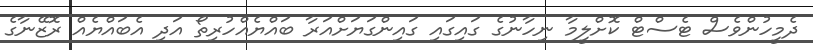
ދެމީހުންވެސް ޓެސްޓް ކޮށްލީމާ ނިހާނުގެ ގައިގައި ގައިންގަޔަށްއަރާ ބައްޔެއްހުރިތޯ އަދި އެބައްޔެއް ރޮޒޭނާގެ